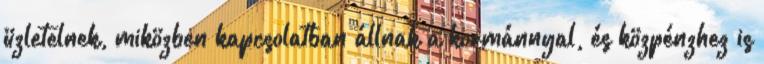
üzletelnek, miközben kapcsolatban állnak a kormánnyal, és közpénzhez is